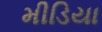
મીડિયા